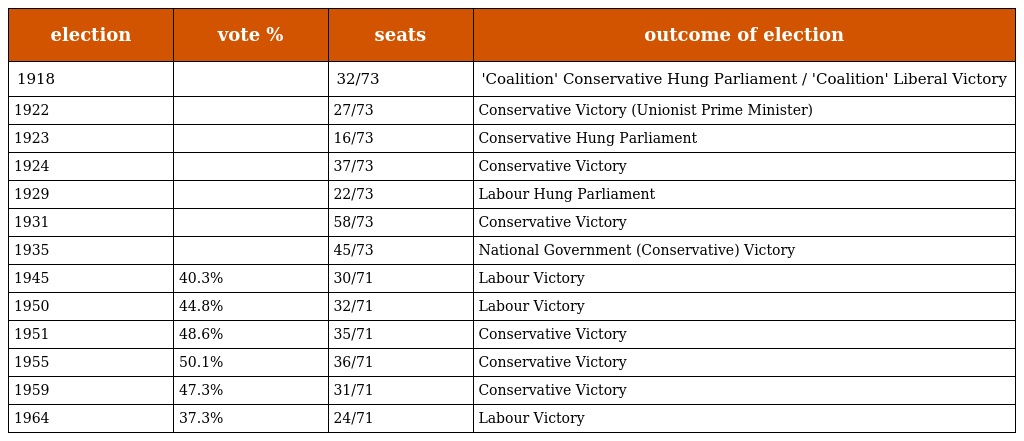
| election | vote % | seats | outcome of election |
 | --- | --- | --- | --- |
 | 1918 |  | 32/73 | 'Coalition' Conservative Hung Parliament / 'Coalition' Liberal Victory |
 | 1922 |  | 27/73 | Conservative Victory (Unionist Prime Minister) |
 | 1923 |  | 16/73 | Conservative Hung Parliament |
 | 1924 |  | 37/73 | Conservative Victory |
 | 1929 |  | 22/73 | Labour Hung Parliament |
 | 1931 |  | 58/73 | Conservative Victory |
 | 1935 |  | 45/73 | National Government (Conservative) Victory |
 | 1945 | 40.3% | 30/71 | Labour Victory |
 | 1950 | 44.8% | 32/71 | Labour Victory |
 | 1951 | 48.6% | 35/71 | Conservative Victory |
 | 1955 | 50.1% | 36/71 | Conservative Victory |
 | 1959 | 47.3% | 31/71 | Conservative Victory |
 | 1964 | 37.3% | 24/71 | Labour Victory |